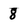
Character: 8